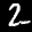
Label: 2